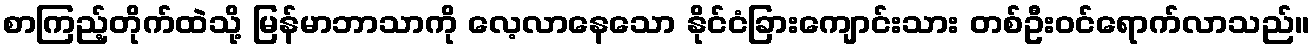
စာကြည့်တိုက်ထဲသို့ မြန်မာဘာသာကို လေ့လာနေသော နိုင်ငံခြားကျောင်းသား တစ်ဦးဝင်ရောက်လာသည်။